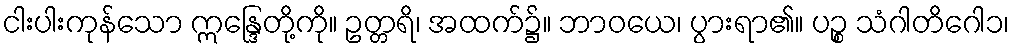
ငါးပါးကုန်သော ဣန္ဒြေတို့ကို။ ဥတ္တရိ၊ အထက်၌။ ဘာဝယေ၊ ပွားရာ၏။ ပဉ္စ သံဂါတိဂေါ၁၊